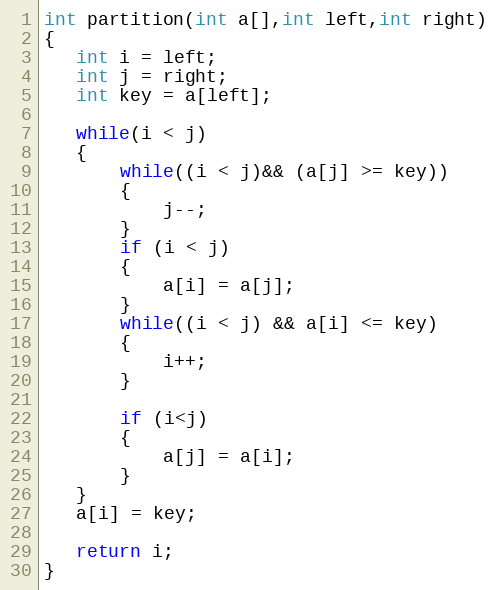
Language: C
int partition(int a[],int left,int right)
{
   int i = left;
   int j = right;
   int key = a[left];

   while(i < j)
   {
	   while((i < j)&& (a[j] >= key))
	   {
		   j--;
	   }
	   if (i < j)
	   {
		   a[i] = a[j];
	   }
	   while((i < j) && a[i] <= key)
	   {
		   i++;
	   }

	   if (i<j)
	   {
		   a[j] = a[i];
	   }
   }
   a[i] = key;

   return i;
}